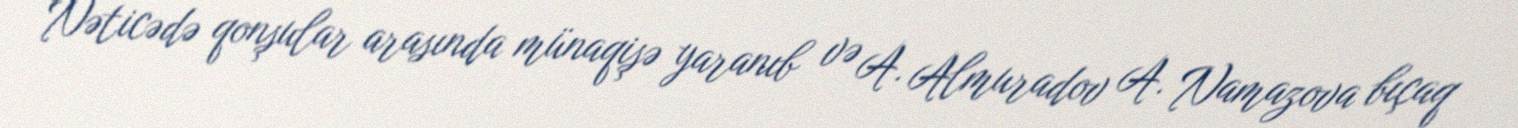
Nəticədə qonşular arasında münaqişə yaranıb və A. Almuradov A. Namazova bıçaq